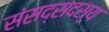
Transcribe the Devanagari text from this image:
संसद्सदस्य